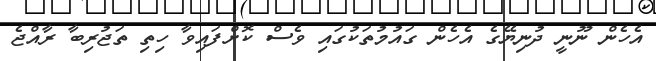
އެހެން ނޫނީ ދުނިޔޭގެ އެހެން ގައުމުތަކުގައި ވެސް ކޮށްފައިވާ ހިތި ތަޖުރިބާ ރާއްޖެ